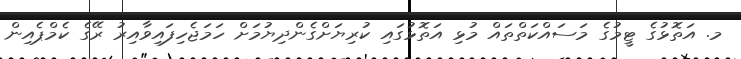
މ. އަތޮޅުގެ ޓީމުގެ މަސައްކަތްތައް މުޅި އަތޮޅުގައި ކުރިޔަށްގެންދިޔުމަށް ހަމަޖެހިފައިވާއިރު ރޭގެ ކެމްޕެއިން